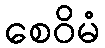
စေဝိမံ